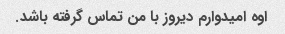
اوه امیدوارم دیروز با من تماس گرفته باشد.